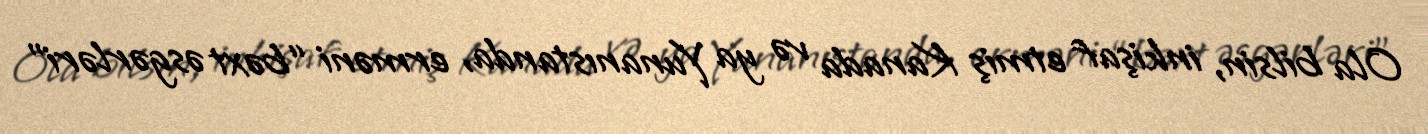
Ola bilsin, inkişaf etmiş Kanada və ya Yunanıstanda, erməni “bəxt əsgərləri”